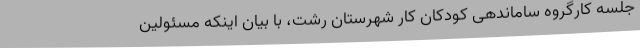
جلسه کارگروه ساماندهی کودکان کار شهرستان رشت، با بیان اینکه مسئولین